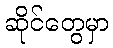
ဆိုင်တွေမှာ